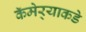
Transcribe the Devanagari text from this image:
कॅमेर्‍याकडे